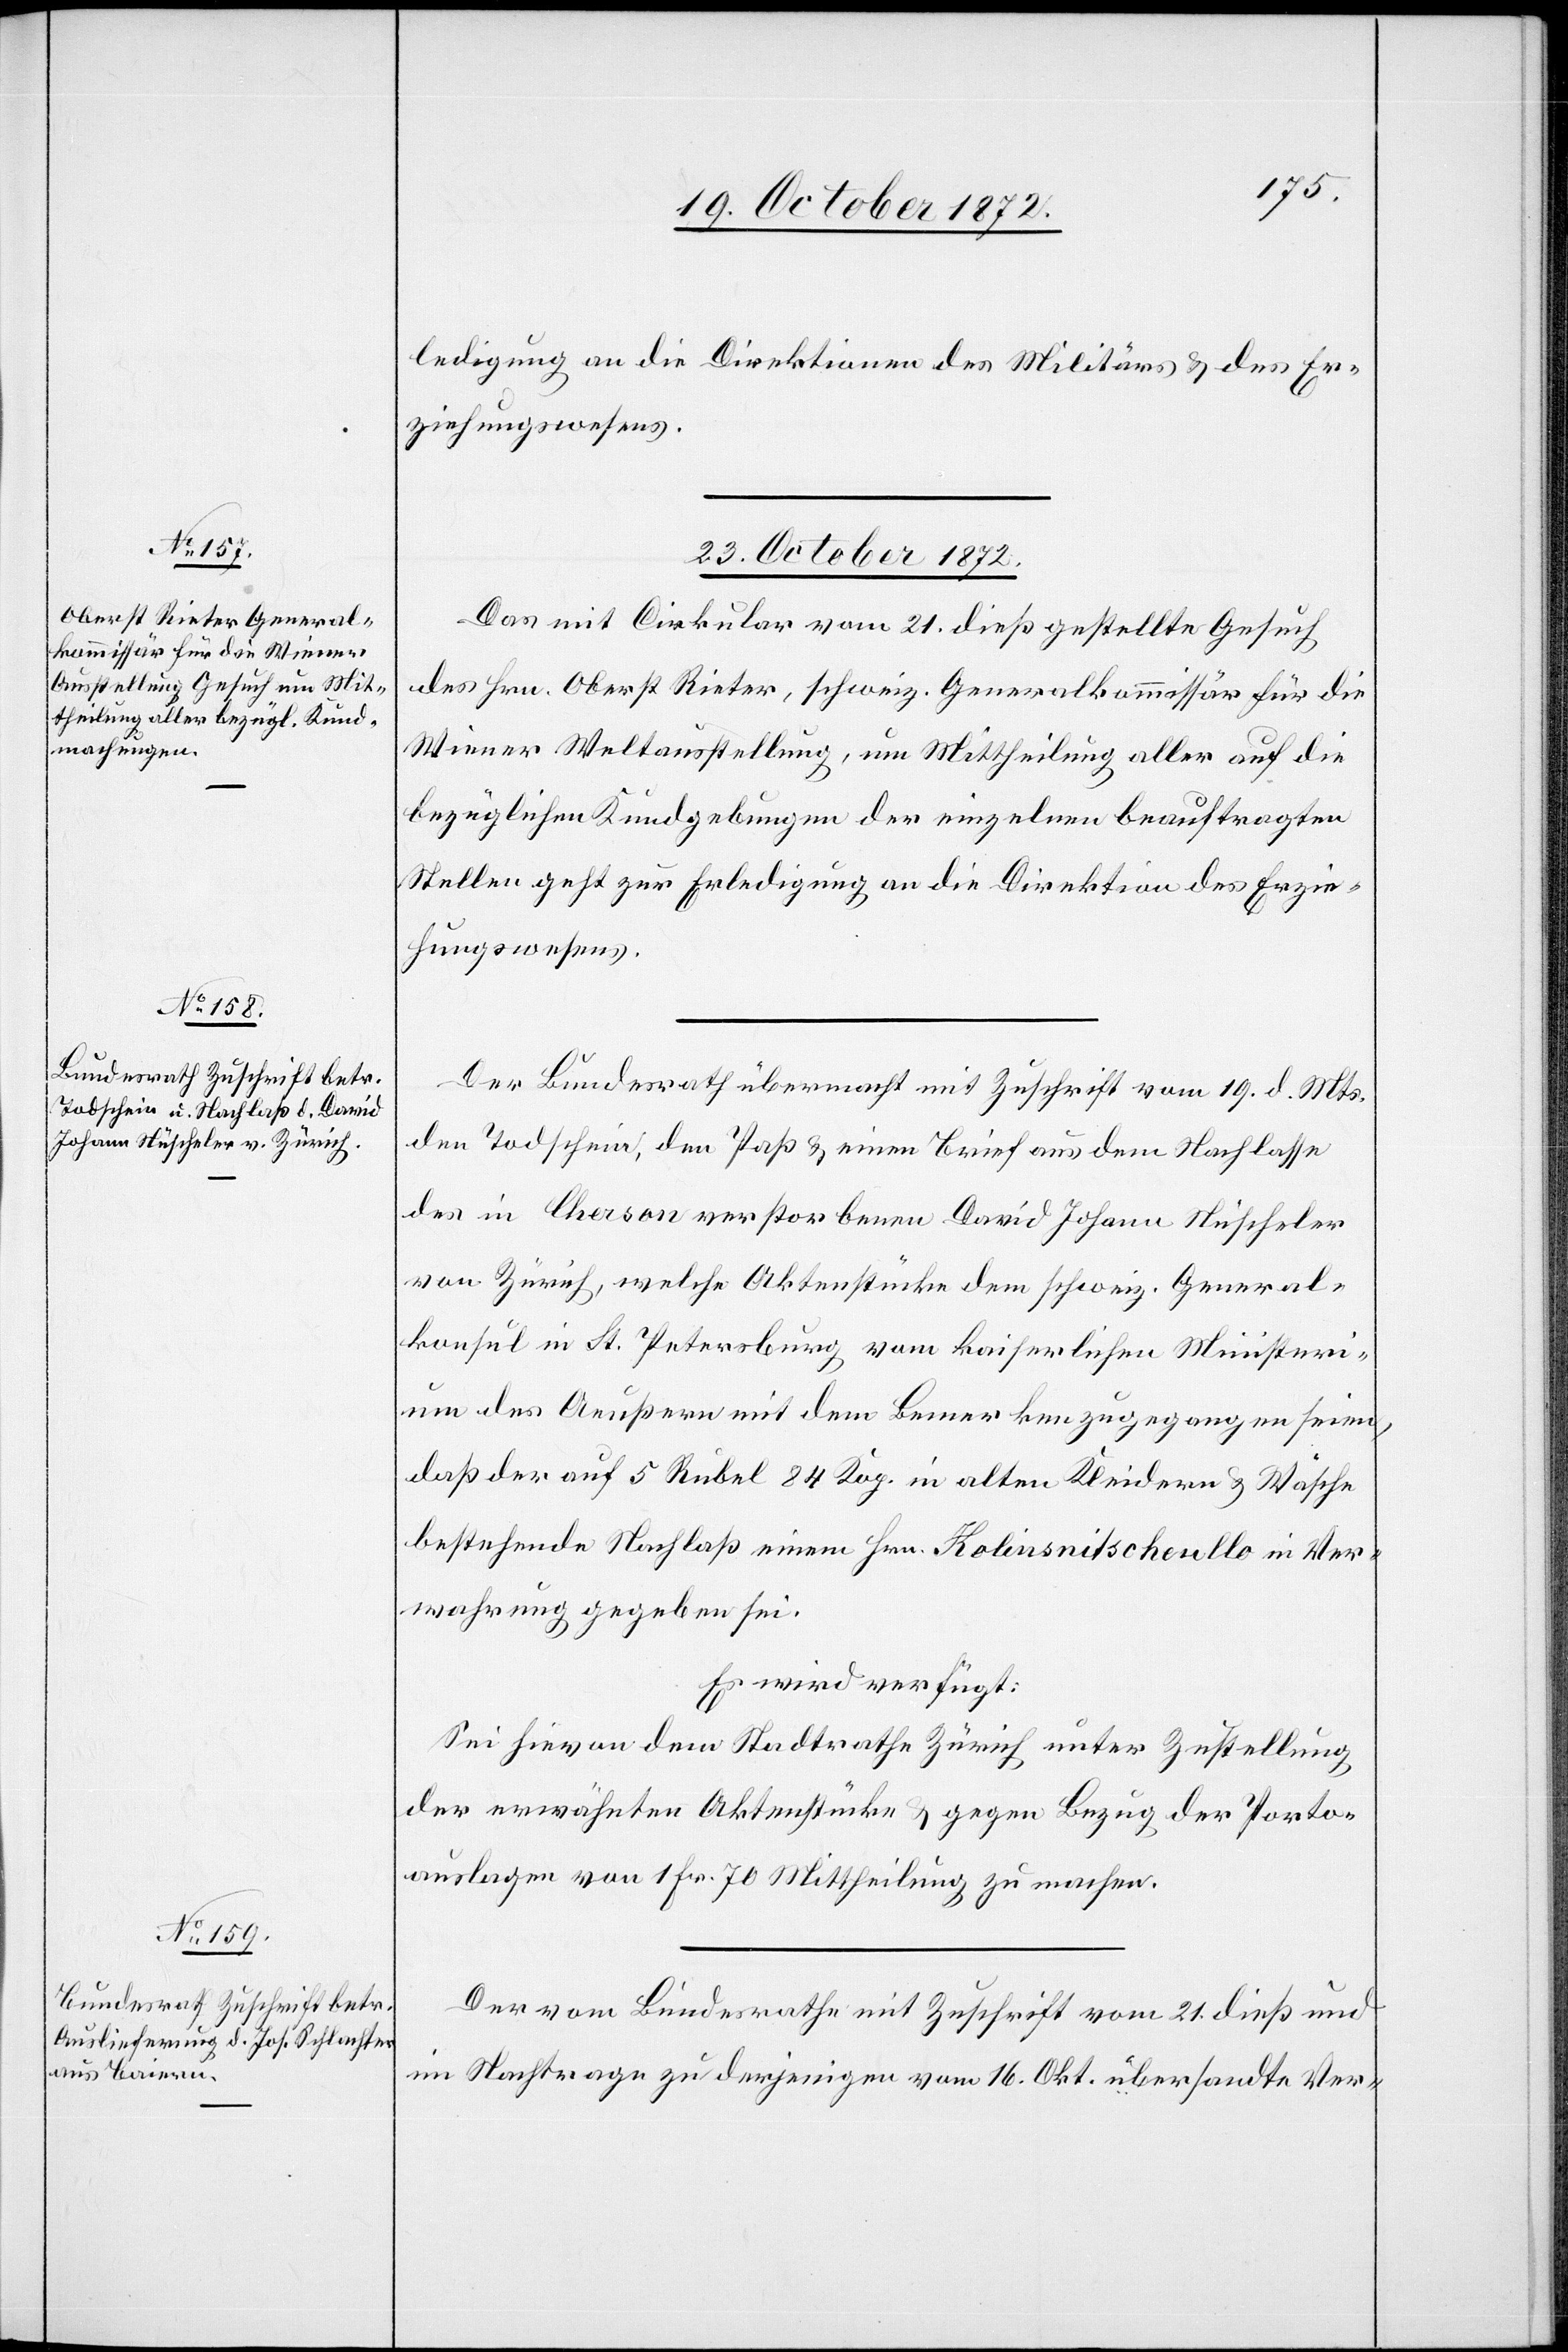
ledigung an die Direktion des Militärs u. des Er¬
ziehungswesens.
23. October 1872.]
Das mit Cirkular vom 21. dieß gestellte Gesuch
des Hrn. Oberst Rieter, schweiz. Generalkommissär für die
Wiener Weltausstellung, um Mittheilung aller auf die
bezüglichen Kundgebungen der einzelnen beauftragten
Stellen geht zur Erledigung an die Direktion des Erzie¬
hungswesens.
Der Bundesrath übermacht mit Zuschrift vom 19. d. Mts.
den Todschein, den Paß u. einen Brief aus dem Nachlasse
des in Cherson verstorbenen David Johann Nüscheler
von Zürich, welche Aktenstücke dem schweiz. General¬
konsul in St. Petersburg vom kaiserlichen Ministeri¬
um des Aeußern mit dem Bemerken zugegangen seien,
daß der auf 5 Rubel 84 Kop. in alten Kleidern u. Wäsche
bestehende Nachlaß einem Hrn. Kolinsnitschenllo in Ver¬
wahrung gegeben sei.
Es wird verfügt:
Sei hievon dem Stadtrathe Zürich unter Zustellung
der erwähnten Aktenstücke u. gegen Bezug der Porto¬
auslagen von 1 Fr. 70 Mittheilung zu machen.
Der vom Bundesrathe mit Zuschrift vom 21. dieß und
im Nachtrage zu derjenigen vom 16. Okt. übersandte Ver-